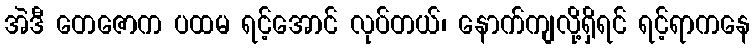
အဲဒီ တေဇောက ပထမ ရင့်အောင် လုပ်တယ်၊ နောက်ကျလို့ရှိရင် ရင့်ရာကနေ